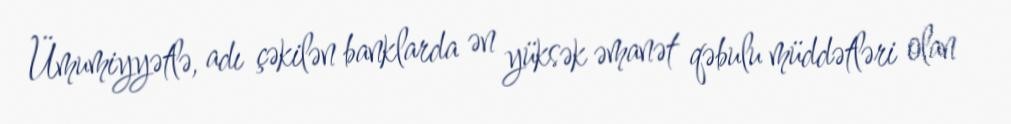
Ümumiyyətlə, adı çəkilən banklarda ən yüksək əmanət qəbulu müddətləri olan